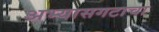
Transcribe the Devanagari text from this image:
अभ्यासगटाचा